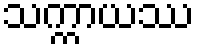
သက္ကာယဿ